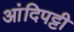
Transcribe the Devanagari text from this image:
आंदिपट्टी